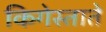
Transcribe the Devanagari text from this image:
किगेस्ताते